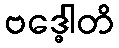
ဗဒ္ဓေါတိ